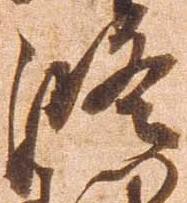
修